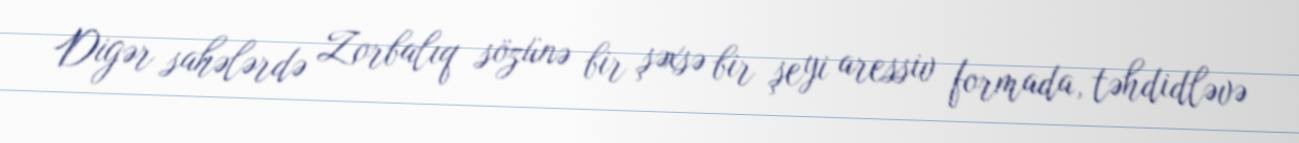
Digər sahələrdə Zorbalıq sözünə bir şəxsə bir şeyi aressiv formada, təhdidləvə